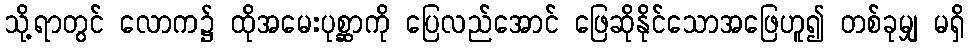
သို့ရာတွင် လောက၌ ထိုအမေးပုစ္ဆာကို ပြေလည်အောင် ဖြေဆိုနိုင်သောအဖြေဟူ၍ တစ်ခုမျှ မရှိ